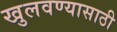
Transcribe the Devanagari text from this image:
खुलवण्यासाठी